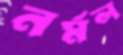
নর্মল